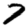
Digit: 7